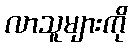
လာသူများကို